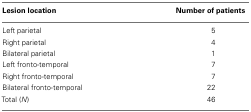
| Lesion location | Number of patients |
 | --- | --- |
 | Left parietal | 5 |
 | Right parietal | 4 |
 | Bilateral parietal | 1 |
 | Left fronto-temporal | 7 |
 | Right fronto-temporal | 7 |
 | Bilateral fronto-temporal | 22 |
 | Total (N) | 46 |